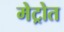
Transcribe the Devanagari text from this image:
मेट्रोत